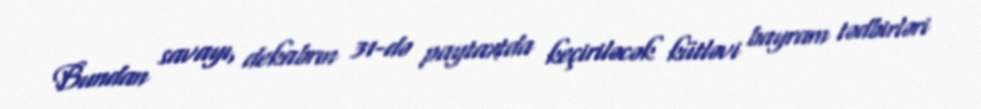
Bundan savayı, dekabrın 31-də paytaxtda keçiriləcək kütləvi bayram tədbirləri